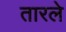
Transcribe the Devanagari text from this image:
तारले